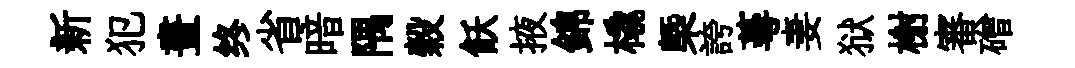
新犯晝终省暗隅穀飫掖錦橇槩誇蕚妻狱榭審磳